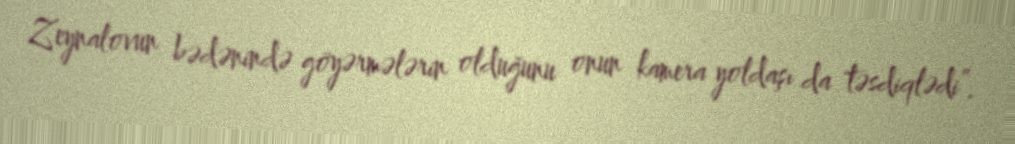
Zeynalovun bədənində göyərmələrin olduğunu onun kamera yoldaşı da təsdiqlədi”.